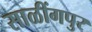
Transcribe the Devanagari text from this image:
साळींगपुर